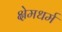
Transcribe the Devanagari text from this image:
क्षेमधर्म